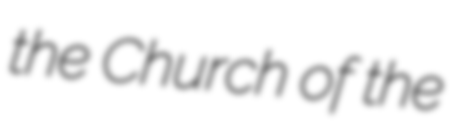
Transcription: the Church of the